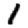
Digit: 1